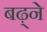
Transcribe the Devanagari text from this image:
बढ़्ने